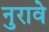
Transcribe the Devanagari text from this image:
नुरावे